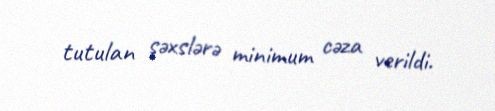
tutulan şəxslərə minimum cəza verildi.